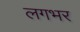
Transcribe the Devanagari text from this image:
लगभर